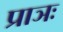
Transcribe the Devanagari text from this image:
प्राञः